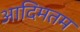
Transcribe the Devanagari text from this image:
आदिमतम